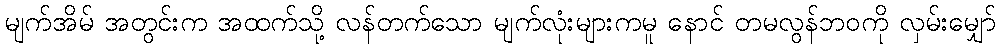
မျက်အိမ် အတွင်းက အထက်သို့ လန်တက်သော မျက်လုံးများကမူ နောင် တမလွန်ဘဝကို လှမ်းမျှော်